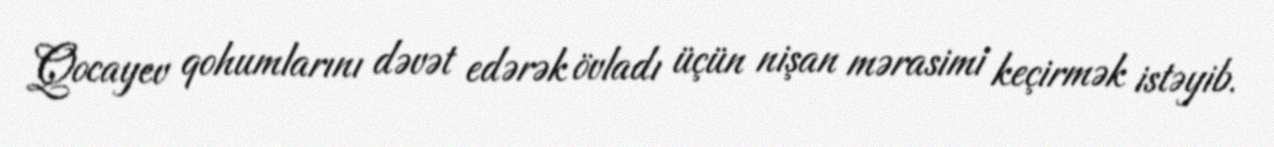
Qocayev qohumlarını dəvət edərək övladı üçün nişan mərasimi keçirmək istəyib.